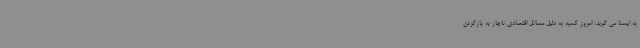
به ایسنا می گوید: امروز کسبه به دلیل مسائل اقتصادی ناچار به بازکردن